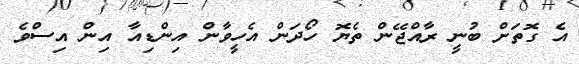
އެ ގޮތަށް ބުނީ ރާއްޖޭން ތެޔޮ ހޯދަން އެހީވާން އިންޑިއާ އިން އިސްވެ